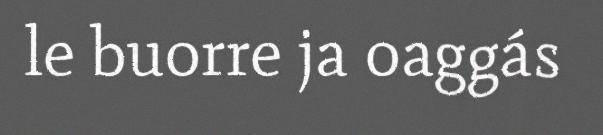
le buorre ja oaggás